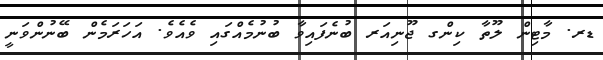
ޑރ. މާޓިން ލޫތާ ކިންގ ޖޫނިއަރ ބުނެފައިވާ ބުނުމެއްގައި ވެއެވެ. އަހަރަމެން ބޭނުންވަނީ